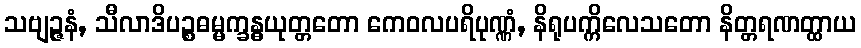
သဗျဉ္ဇနံ, သီလာဒိပဉ္စဓမ္မက္ခန္ဓယုတ္တတော ကေဝလပရိပုဏ္ဏံ, နိရုပက္ကိလေသတော နိတ္တရဏတ္ထာယ